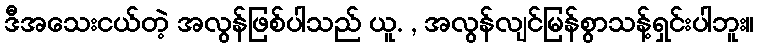
ဒီအသေးငယ်တဲ့ အလွန်ဖြစ်ပါသည် ယူ. , အလွန်လျင်မြန်စွာသန့်ရှင်းပါဘူး။